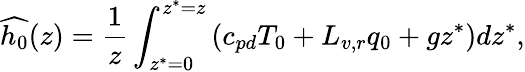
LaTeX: \widehat{h_{0}}(z)=\frac{1}{z}\int_{z^{*}=0}^{z^{*}=z}\left(c_{pd}T_{0}+L_{v,r}q_{0}+gz^{*}\right)dz^{*},